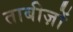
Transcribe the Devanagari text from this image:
ताबीज़ों